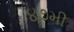
૪૭મી